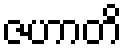
ဇဟာတိ